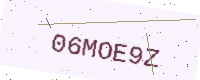
Text: 06MOE9Z